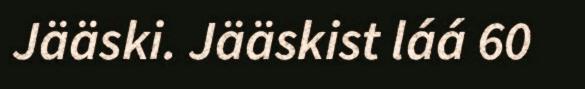
Jääski. Jääskist láá 60